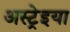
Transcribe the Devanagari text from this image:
अस्ट्रेइया